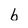
Character: b